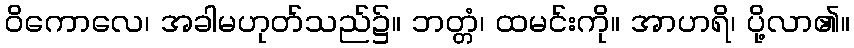
ဝိကောလေ၊ အခါမဟုတ်သည်၌။ ဘတ္တံ၊ ထမင်းကို။ အာဟရိ၊ ပို့လာ၏။